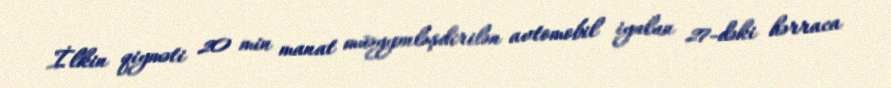
İlkin qiyməti 20 min manat müəyyənləşdirilən avtomobil iyulun 27-dəki hərraca